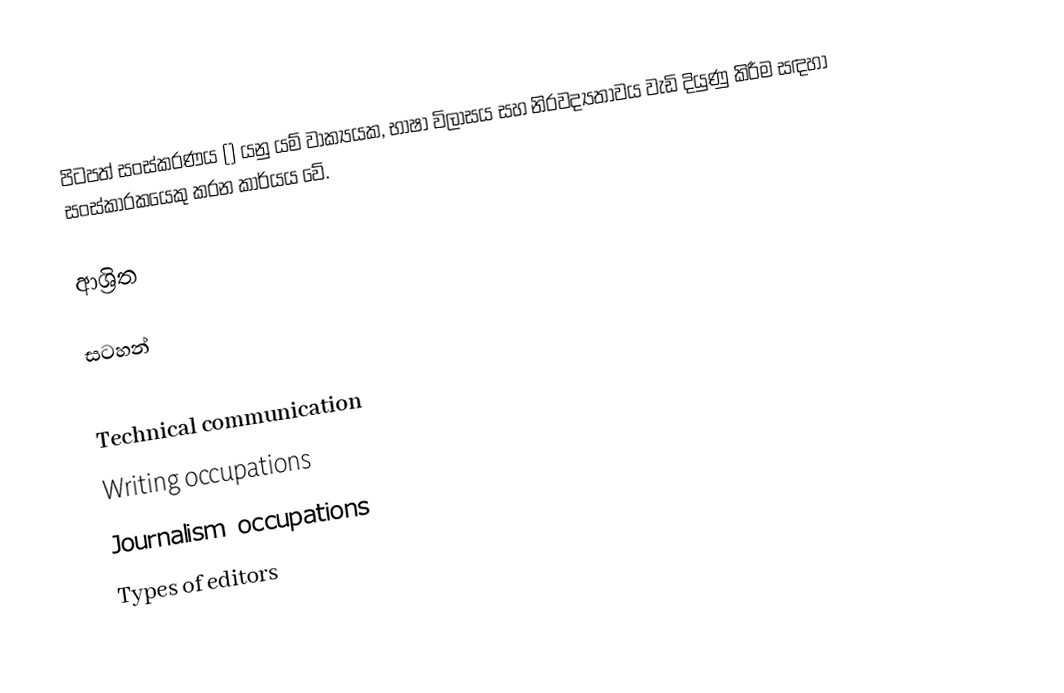
පිටපත් සංස්කරණය () යනු යම් වාක්‍යයක, භාෂා විලාසය සහ නිරවද්‍යතාවය වැඩි දියුණු කිරීම සඳහා සංස්කාරකයෙකු කරන කාර්යය වේ.

ආශ්‍රිත

සටහන්

Technical communication
Writing occupations
Journalism occupations
Types of editors